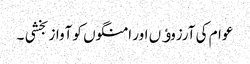
عوام کی آرزوﺅں اور امنگوں کو آواز بخشی ۔